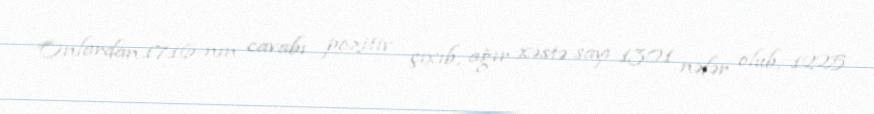
Onlardan 1716-nın cavabı pozitiv çıxıb, ağır xəstə sayı 1301 nəfər olub, 1225